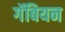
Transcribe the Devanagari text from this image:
गॅबियन